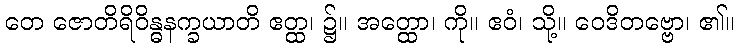
တေ ဇောတိရိဝိန္ဓနက္ခယာတိ ဧတ္ထ၊ ၌။ အတ္ထော၊ ကို။ ဧဝံ၊ သို့။ ဝေဒိတဗ္ဗော၊ ၏။